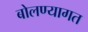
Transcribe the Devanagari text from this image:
बोलण्यागत